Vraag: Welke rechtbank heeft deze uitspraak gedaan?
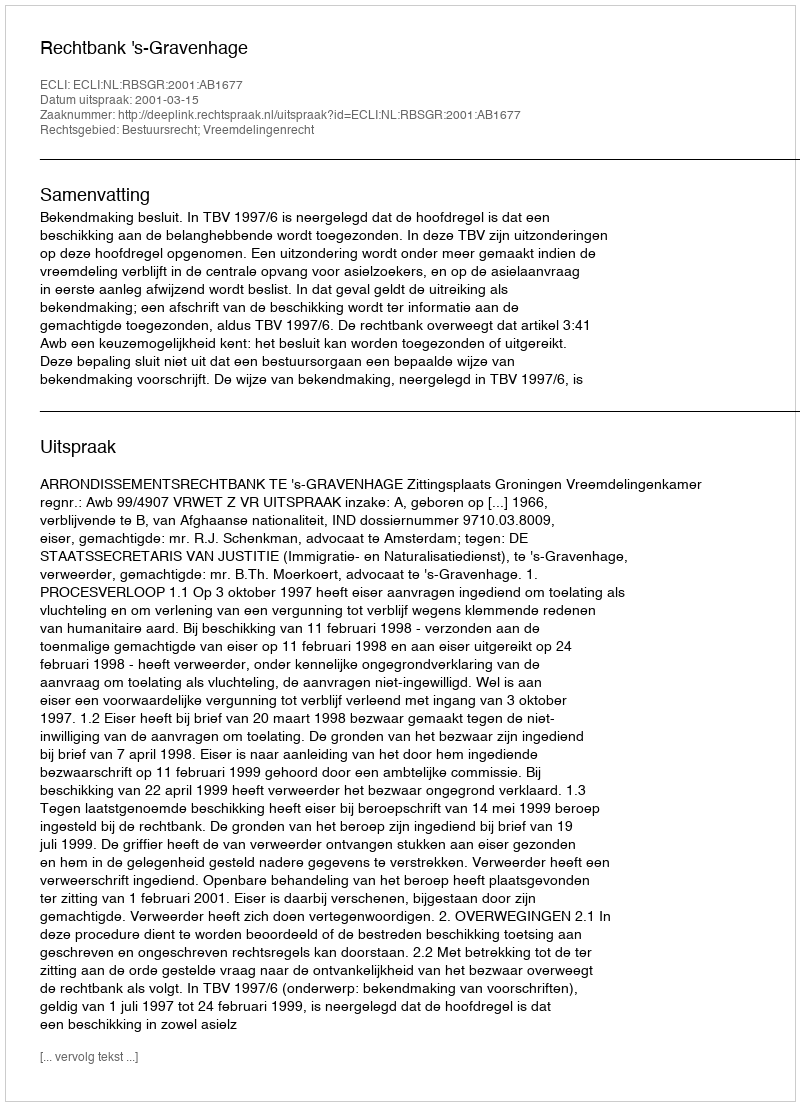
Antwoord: Rechtbank 's-Gravenhage